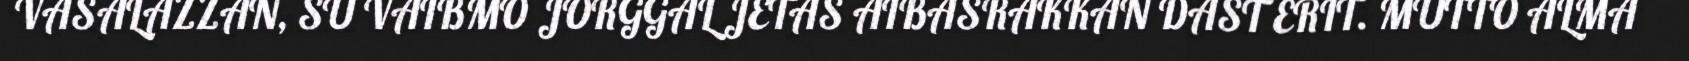
VASALAZZAN, SU VAIBMO JORGGAL JETAS AIBASRAKKAN DAST ERIT. MUTTO ALMA